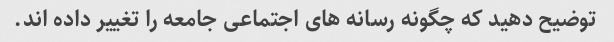
توضیح دهید که چگونه رسانه های اجتماعی جامعه را تغییر داده اند.